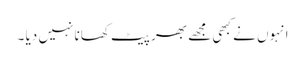
انہوں نے کبھی مجھے بھر پیٹ کھانا نہیں دیا ۔